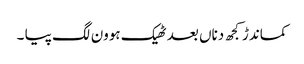
کماندڑ کجھ دناں بعد ٹھیک ہوون لگ پیا ۔